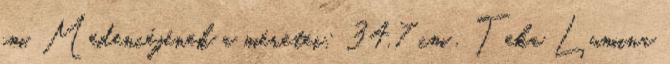
cm. Medencéjének a méretei: 34,7 cm . Teka Lumina